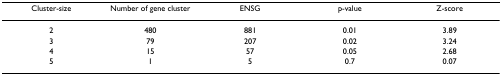
<table><thead><tr><td><b>Cluster-size</b></td><td><b>Number of gene cluster</b></td><td><b>ENSG</b></td><td><b>p-value</b></td><td><b>Z-score</b></td></tr></thead><tbody><tr><td>2</td><td>480</td><td>881</td><td>0.01</td><td>3.89</td></tr><tr><td>3</td><td>79</td><td>207</td><td>0.02</td><td>3.24</td></tr><tr><td>4</td><td>15</td><td>57</td><td>0.05</td><td>2.68</td></tr><tr><td>5</td><td>1</td><td>5</td><td>0.7</td><td>0.07</td></tr></tbody></table>